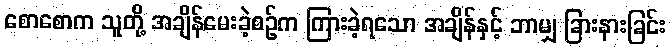
စောစောက သူတို့ အချိန်မေးခဲ့စဉ်က ကြားခဲ့ရသော အချိန်နှင့် ဘာမျှ ခြားနားခြင်း